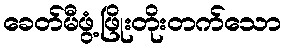
ခေတ်မီဖွံ့ဖြိုးတိုးတက်သော